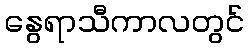
နွေရာသီကာလတွင်